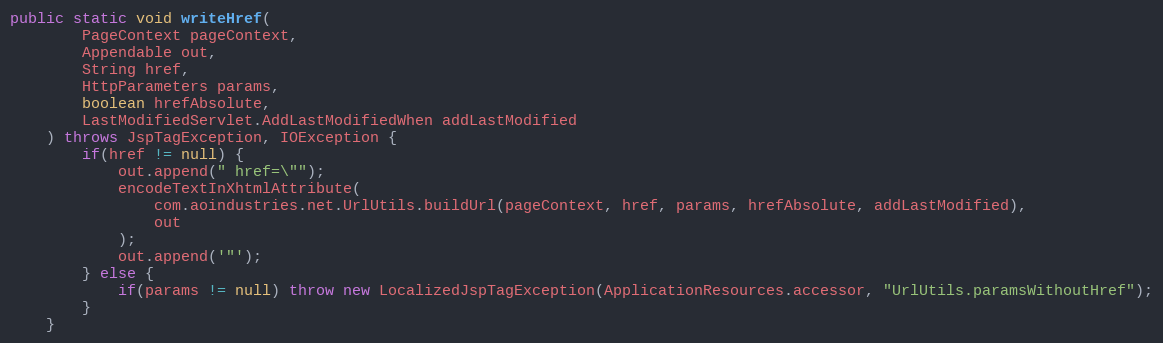
Language: Java
public static void writeHref(
		PageContext pageContext,
		Appendable out,
		String href,
		HttpParameters params,
		boolean hrefAbsolute,
		LastModifiedServlet.AddLastModifiedWhen addLastModified
	) throws JspTagException, IOException {
		if(href != null) {
			out.append(" href=\"");
			encodeTextInXhtmlAttribute(
				com.aoindustries.net.UrlUtils.buildUrl(pageContext, href, params, hrefAbsolute, addLastModified),
				out
			);
			out.append('"');
		} else {
			if(params != null) throw new LocalizedJspTagException(ApplicationResources.accessor, "UrlUtils.paramsWithoutHref");
		}
	}